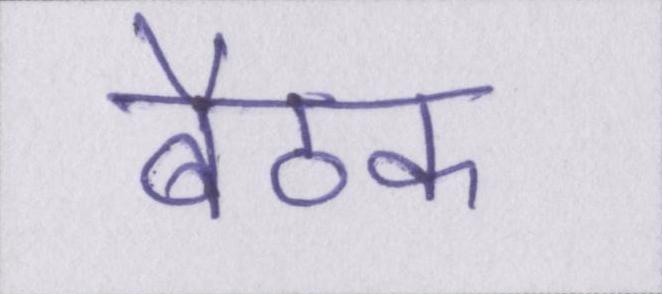
बैठक